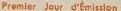
Premier Jour d'Emission